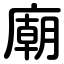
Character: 廟